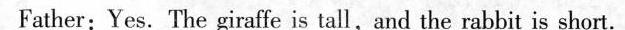
Father:Yes. The giraffe is tall,and the rabbit is short.